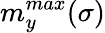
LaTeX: m_{y}^{max}(\sigma)